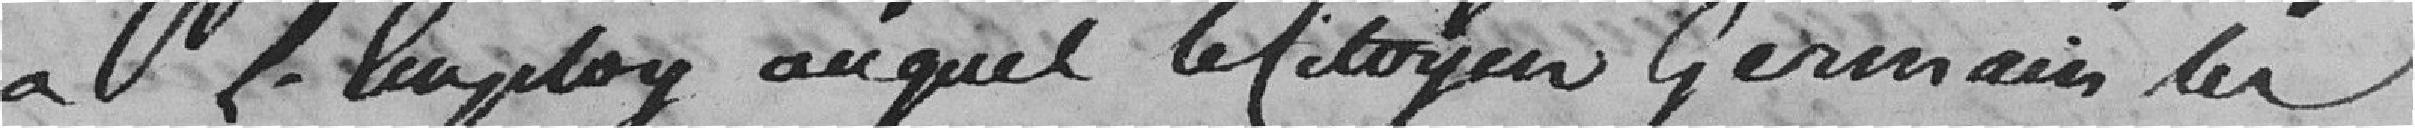
à l'emploi auquel le citoyen Germain les